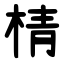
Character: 棈